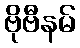
ဗိုဗီနမ်